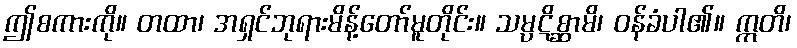
ဤစကားကို။ တထာ၊ အရှင်ဘုရားမိန့်တော်မူတိုင်း။ သမ္ပဋိစ္ဆာမိ၊ ဝန်ခံပါ၏။ ဣတိ၊